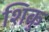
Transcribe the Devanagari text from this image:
शिकु